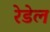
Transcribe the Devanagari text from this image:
रेडेल